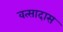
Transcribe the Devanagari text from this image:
वत्सादास